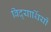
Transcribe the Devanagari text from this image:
विद्‍यार्थियों